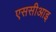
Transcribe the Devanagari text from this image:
एससीआइ